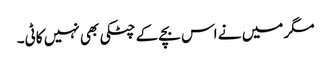
مگر میں نے اس بچے کے چٹکی بھی نہیں کاٹی۔